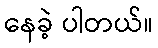
နေခဲ့ ပါတယ်။